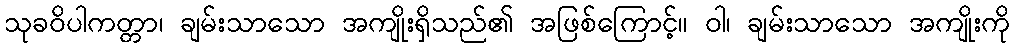
သုခဝိပါကတ္တာ၊ ချမ်းသာသော အကျိုးရှိသည်၏ အဖြစ်ကြောင့်။ ဝါ၊ ချမ်းသာသော အကျိုးကို